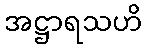
အဋ္ဌာရသဟိ